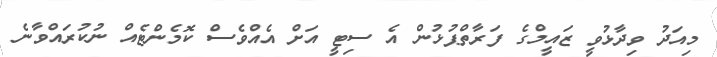
މިއަދު ވިދާޅުވީ ޒައީމްގެ ފަރާތްޕުޅުން އެ ސިޓީ އަށް އެއްވެސް ކޮމެންޓެއް ނުކުރައްވާނެ